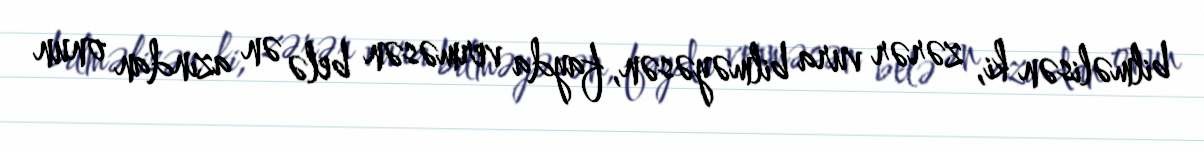
bilməlisən ki, zərər vura bilməyəsən, fayda verməsən belə ən azından onun